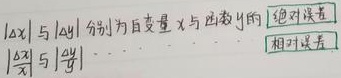
\(\vert \Delta x\vert\) 与 \(\vert \Delta y\vert\) 分别为变量 \(x\) 与函数 \(y\) 的绝对误差，\(\left|\frac{\Delta x}{x}\right|\) 与 \(\left|\frac{\Delta y}{y}\right|\) 为相对误差。